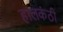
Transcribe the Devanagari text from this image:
हालकंठी